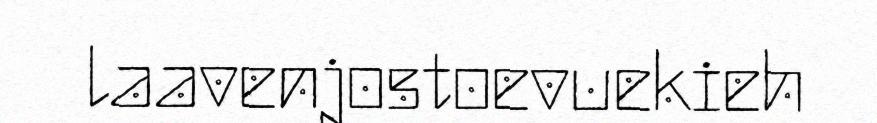
laavenjostoevuekieh